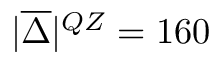
| \overline { { \Delta } } | ^ { Q Z } = 1 6 0